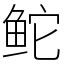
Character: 𬶍